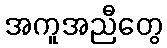
အကူအညီတွေ